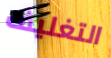
التغليف